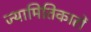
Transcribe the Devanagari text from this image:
ज्यामितिकारों